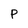
Character: P